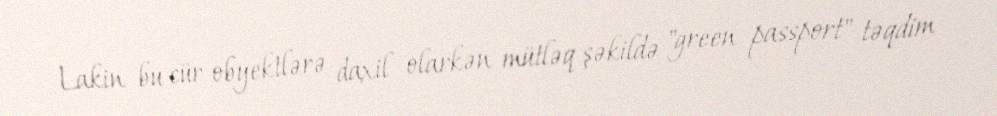
Lakin bu cür obyektlərə daxil olarkən mütləq şəkildə "green passport" təqdim